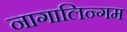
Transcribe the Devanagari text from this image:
नागालिन्गम